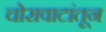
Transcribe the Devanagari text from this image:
चोरावाटांतून